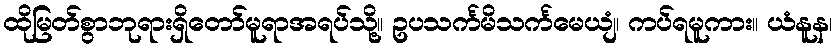
ထိုမြတ်စွာဘုရားရှိတော်မူရာအရပ်သို့။ ဥပသင်္ကမိသင်္ကမေယျံ၊ ကပ်ရမူကား။ ယံနူန၊